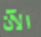
الآن